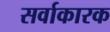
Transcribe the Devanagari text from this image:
सर्वाकारक